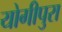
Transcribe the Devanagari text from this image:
योगीपुरा